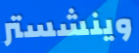
وينشستر